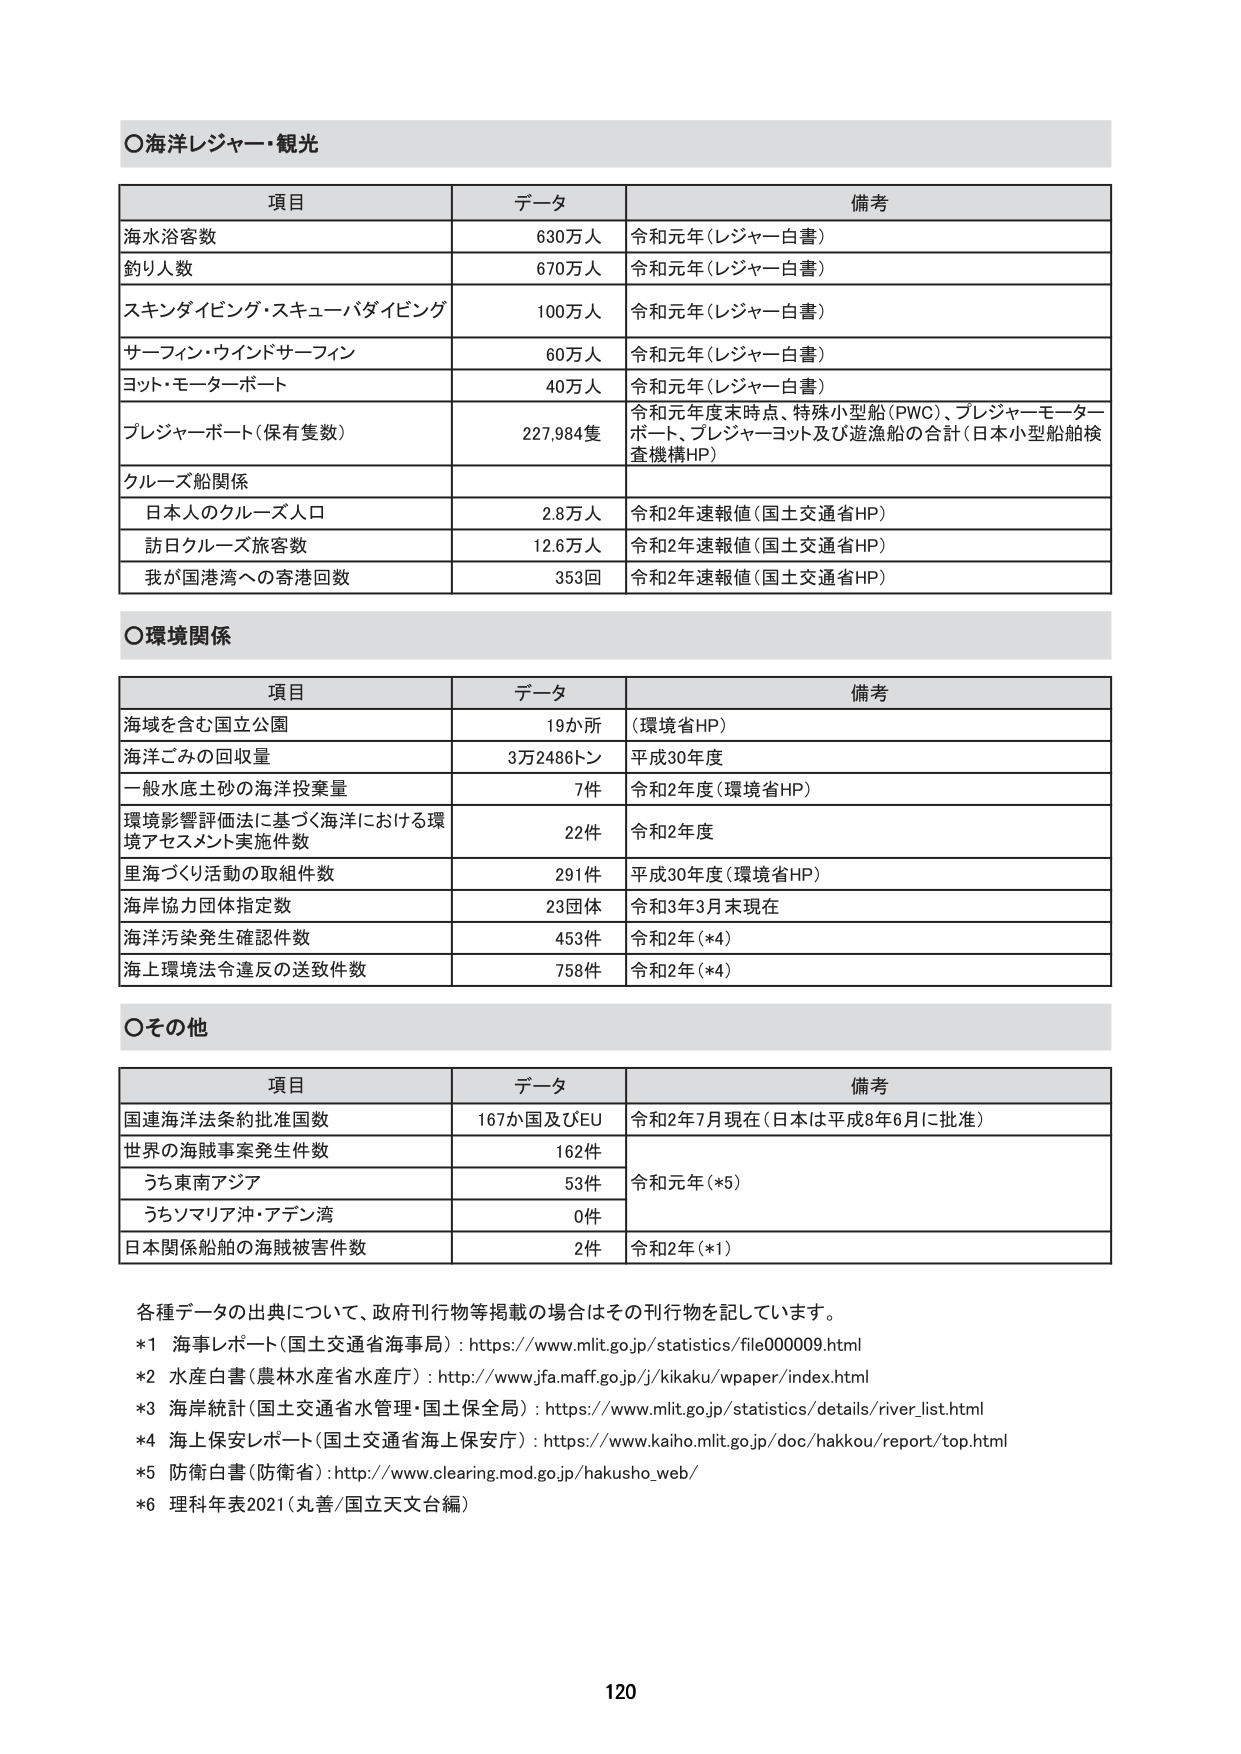
○海洋レジャー・観光

項目 データ 備考
海水浴客数 630万人 令和元年（レジャー白書）
釣り人数 670万人 令和元年（レジャー白書）
スキンダイビング・スキューバダイビング 100万人 令和元年（レジャー白書）
サーフィン・ウインドサーフィン 60万人 令和元年（レジャー白書）
ヨット・モーターボート 40万人 令和元年（レジャー白書）
プレジャーボート（保有隻数） 227,984隻 令和元年度末時点、特殊小型船（PWC）、プレジャーモーターボート、プレジャーヨット及び遊漁船の合計（日本小型船舶検査機構HP）
クルーズ船関係
日本人のクルーズ人口 2.8万人 令和2年速報値（国土交通省HP）
訪日クルーズ旅客数 12.6万人 令和2年速報値（国土交通省HP）
我が国港湾への寄港回数 353回 令和2年速報値（国土交通省HP）

○環境関係

項目 データ 備考
海域を含む国立公園 19か所 （環境省HP）
海洋ごみの回収量 3万2486トン 平成30年度
一般水底土砂の海洋投棄量 7件 令和2年度（環境省HP）
環境影響評価法に基づく海洋における環境アセスメント実施件数 22件 令和2年度
里海づくり活動の取組件数 291件 平成30年度（環境省HP）
海岸協力団体指定数 23団体 令和3年3月末現在
海洋汚染発生確認件数 453件 令和2年（*4）
海上環境法令違反の送致件数 758件 令和2年（*4）

○その他

項目 データ 備考
国連海洋法条約批准国数 167か国及びEU 令和2年7月現在（日本は平成8年6月に批准）
世界の海賊事案発生件数 162件
うち東南アジア 53件 令和元年（*5）
うちソマリア沖・アデン湾 0件
日本関係船舶の海賊被害件数 2件 令和2年（*1）

各種データの出典について、政府刊行物等掲載の場合はその刊行物を記しています。
*1 海事レポート（国土交通省海事局）：https://www.mlit.go.jp/statistics/file000009.html
*2 水産白書（農林水産省水産庁）：http://www.jfa.maff.go.jp/j/kikaku/wpaper/index.html
*3 海岸統計（国土交通省水管理・国土保全局）：https://www.mlit.go.jp/statistics/details/river_list.html
*4 海上保安レポート（国土交通省海上保安庁）：https://www.kaiho.mlit.go.jp/doc/hakkou/report/top.html
*5 防衛白書（防衛省）：http://www.clearing.mod.go.jp/hakusho_web/
*6 理科年表2021（丸善/国立天文台編）

120